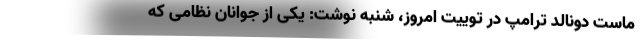
ماست دونالد ترامپ در توییت امروز، شنبه نوشت: یکی از جوانان نظامی که